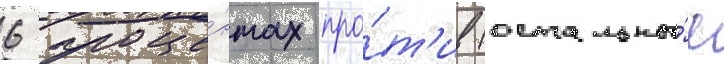
6 проце́нтах про́т'ив (остальны́е